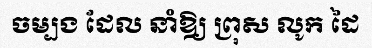
ចម្បង ដែល នាំឱ្យ ព្រុស លូក ដៃ